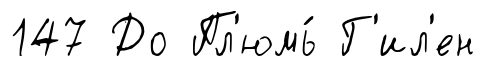
147 До Пл'юмь́ Г'ил'ен